Punjab Mental Hospital Lahore 1932-46 - 1932-1946
Year: 1932
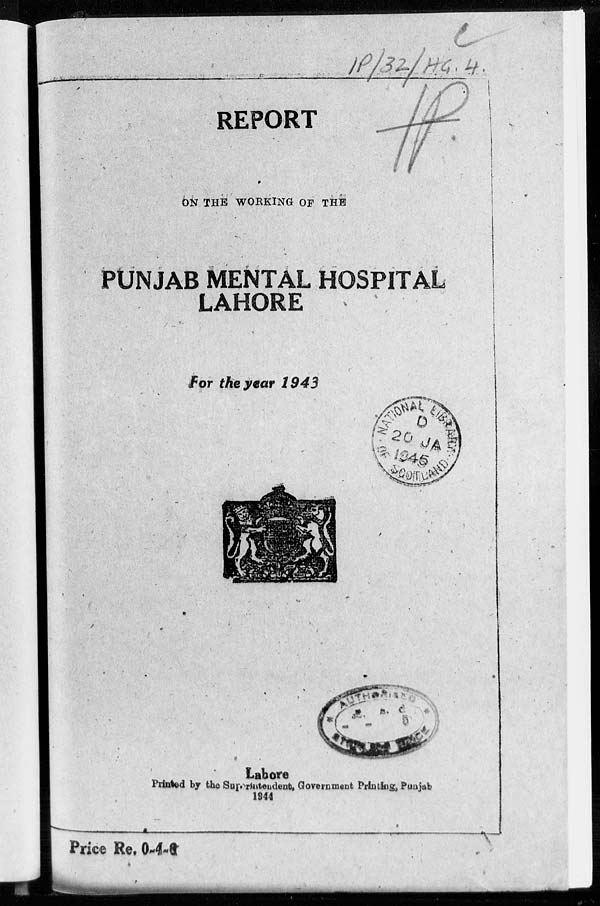
REPORT
ON THE WORKING OF THE
PUNJAB MENTAL HOSPITAL
LAHORE
For the year 1943
Lahore
Printed by the Superintendent, Government Printing, Punjab
1944
Price Re. 0-4-6